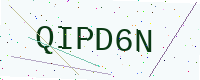
Text: QIPD6N